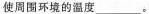
使周围环境的温度___。